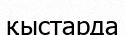
қыстарда